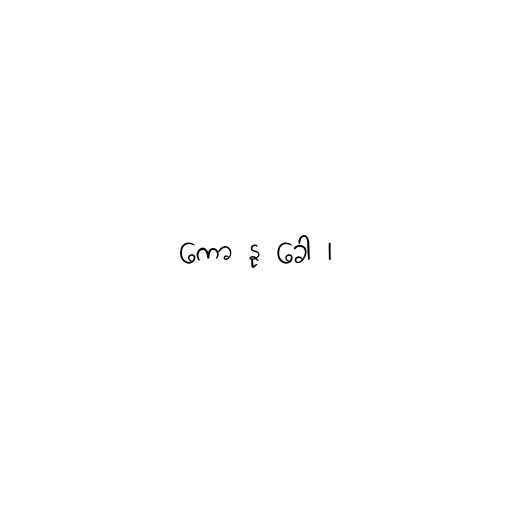
ကော နု ခေါ ၊